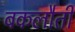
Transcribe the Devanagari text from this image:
बकलौती